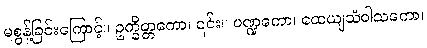
မစွန့်ခြင်းကြောင့်။ ဥက္ခိတ္တကော၊ ၎င်း။ ပဏ္ဍကော၊ ထေယျသံဝါသကော၊